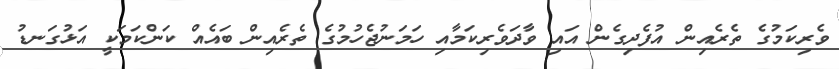
ވެރިކަމުގެ ތެރެއިން އުފެދިގެން އައި ވާދަވެރިކަމާއި ހަމަނުޖެހުމުގެ ތެރެއިން ބައެއް ކަންކަމަކީ އަޅުގަނޑު